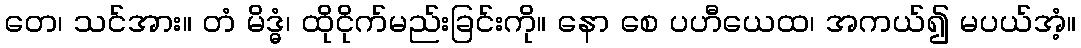
တေ၊ သင်အား။ တံ မိဒ္ဓံ၊ ထိုငိုက်မည်းခြင်းကို။ နော စေ ပဟီယေထ၊ အကယ်၍ မပယ်အံ့။